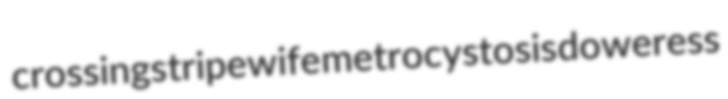
crossings tripewife metrocystosis doweress